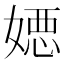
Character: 𡠇